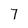
Character: 7